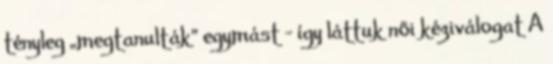
tényleg „megtanulták” egymást – így láttuk női kéziválogat A